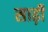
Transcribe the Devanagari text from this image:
साढ़ी